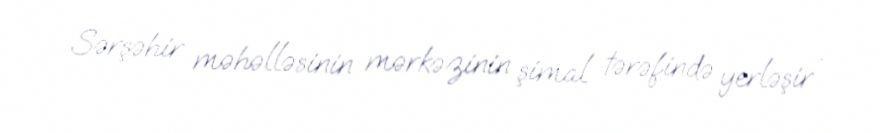
Sərşəhir məhəlləsinin mərkəzinin şimal tərəfində yerləşir .